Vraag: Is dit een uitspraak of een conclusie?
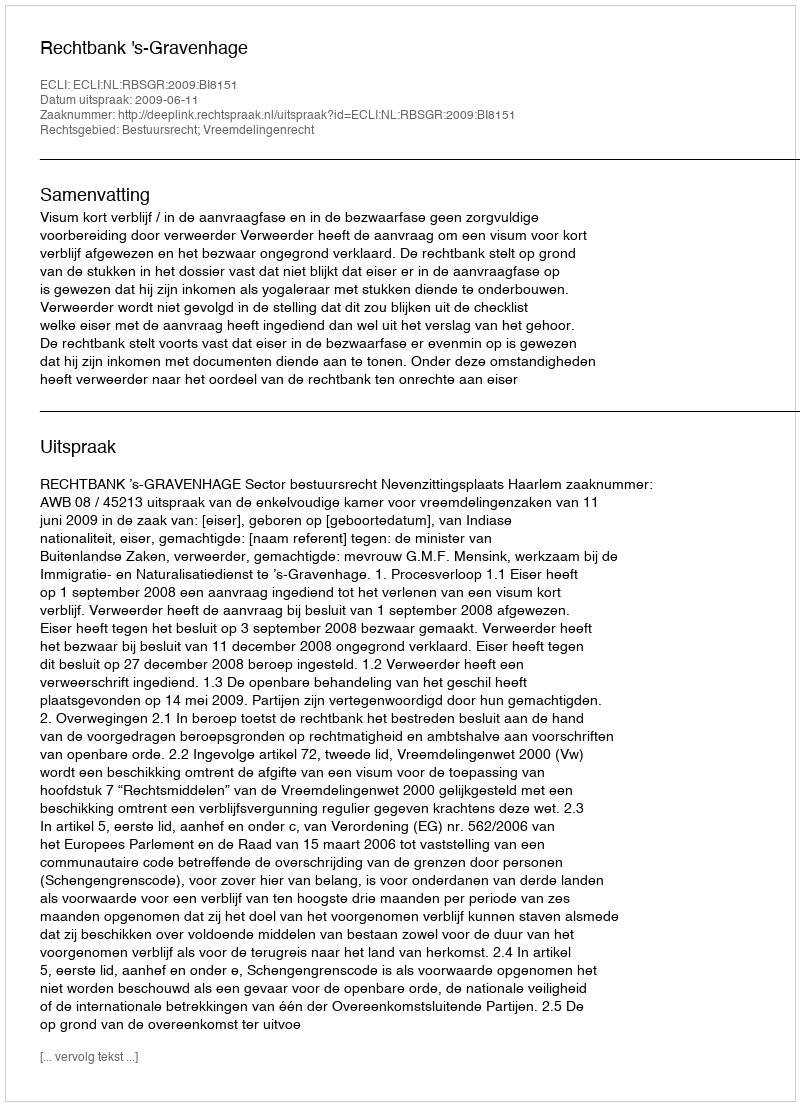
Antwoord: Uitspraak